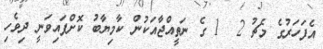
އެފަހަރުގެ މެޗު 2  1 ގެ ނަތީއްޖާއަކުން ކާމިޔާބު ކޮށްފައިވަނީ ދިވެހި